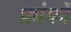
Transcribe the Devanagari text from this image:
फ्रांकों